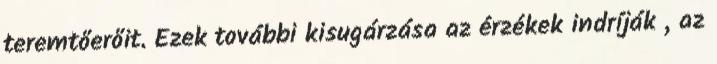
teremtőerőit. Ezek további kisugárzása az érzékek indríják , az